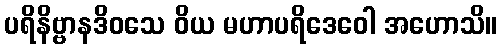
ပရိနိဗ္ဗာနဒိဝသေ ဝိယ မဟာပရိဒေဝေါ အဟောသိ။